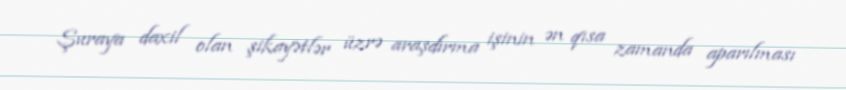
Şuraya daxil olan şikayətlər üzrə araşdırma işinin ən qısa zamanda aparılması